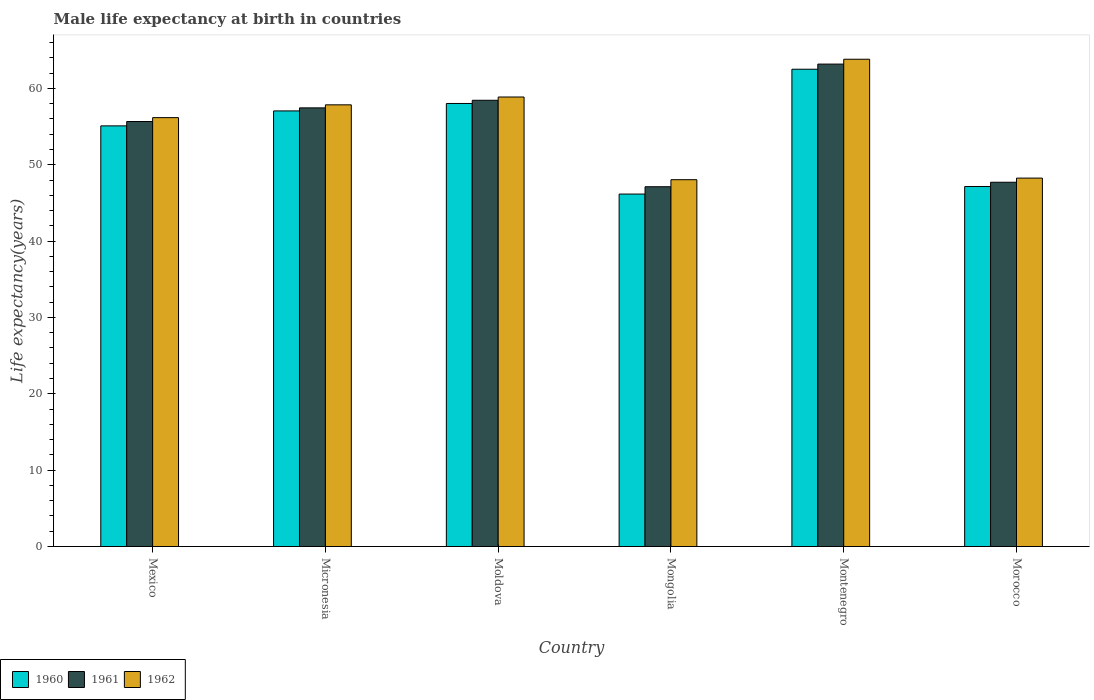
| Country | 1960 | 1961 | 1962 |
 | --- | --- | --- | --- |
 | Mexico | 55.1 | 55.7 | 56.2 |
 | Micronesia | 57 | 57.4 | 57.8 |
 | Moldova | 58 | 58.4 | 58.9 |
 | Mongolia | 46.2 | 47.1 | 48 |
 | Montenegro | 62.5 | 63.2 | 63.8 |
 | Morocco | 47.2 | 47.7 | 48.3 |